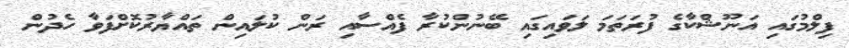
ފިލްމުގައި އަނޫޝްކާގެ ފުރަތަމަ ލަވައިގައި ބޭނުންކުރާ ފެއްސާއި ރަން ކުލައިން ތައްޔާރުކޮށްފަވާ ހެދުން